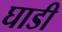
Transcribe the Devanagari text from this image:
घाडी